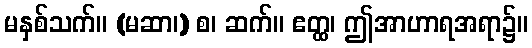
မနှစ်သက်။ (မဆာ၊) စ၊ ဆက်။ ဧတ္ထ၊ ဤအာဟာရအရာ၌။